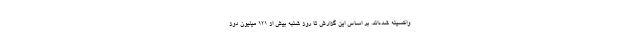
واکسینه شده‌اند. بر اساس این گزارش تا روز شنبه بیش از ۱۲۱ میلیون دوز